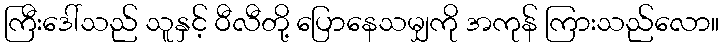
ကြီးဒေါ်သည် သူနှင့် ဝီလီတို့ ပြောနေသမျှကို အကုန် ကြားသည်လော။